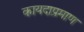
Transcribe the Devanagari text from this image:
कायदाप्रमाण